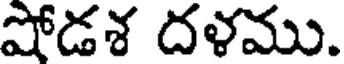
షోడశ దళము.